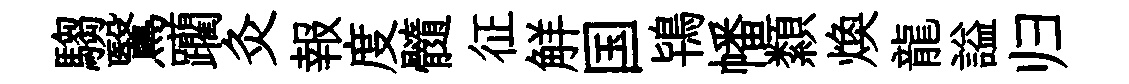
騶鷖躪灸報度髓征觧国鴇幡纇焕龍謚归